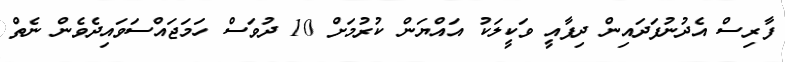
ފާރިސް އެދުނުފަދައިން ދިފާއީ ވަކީލަކު އައްޔަން ކުރުމަށް 10 ދުވަސް ހަމަޖައްސަވައިދެވެން ނެތް